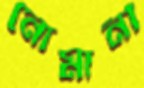
নোমানী